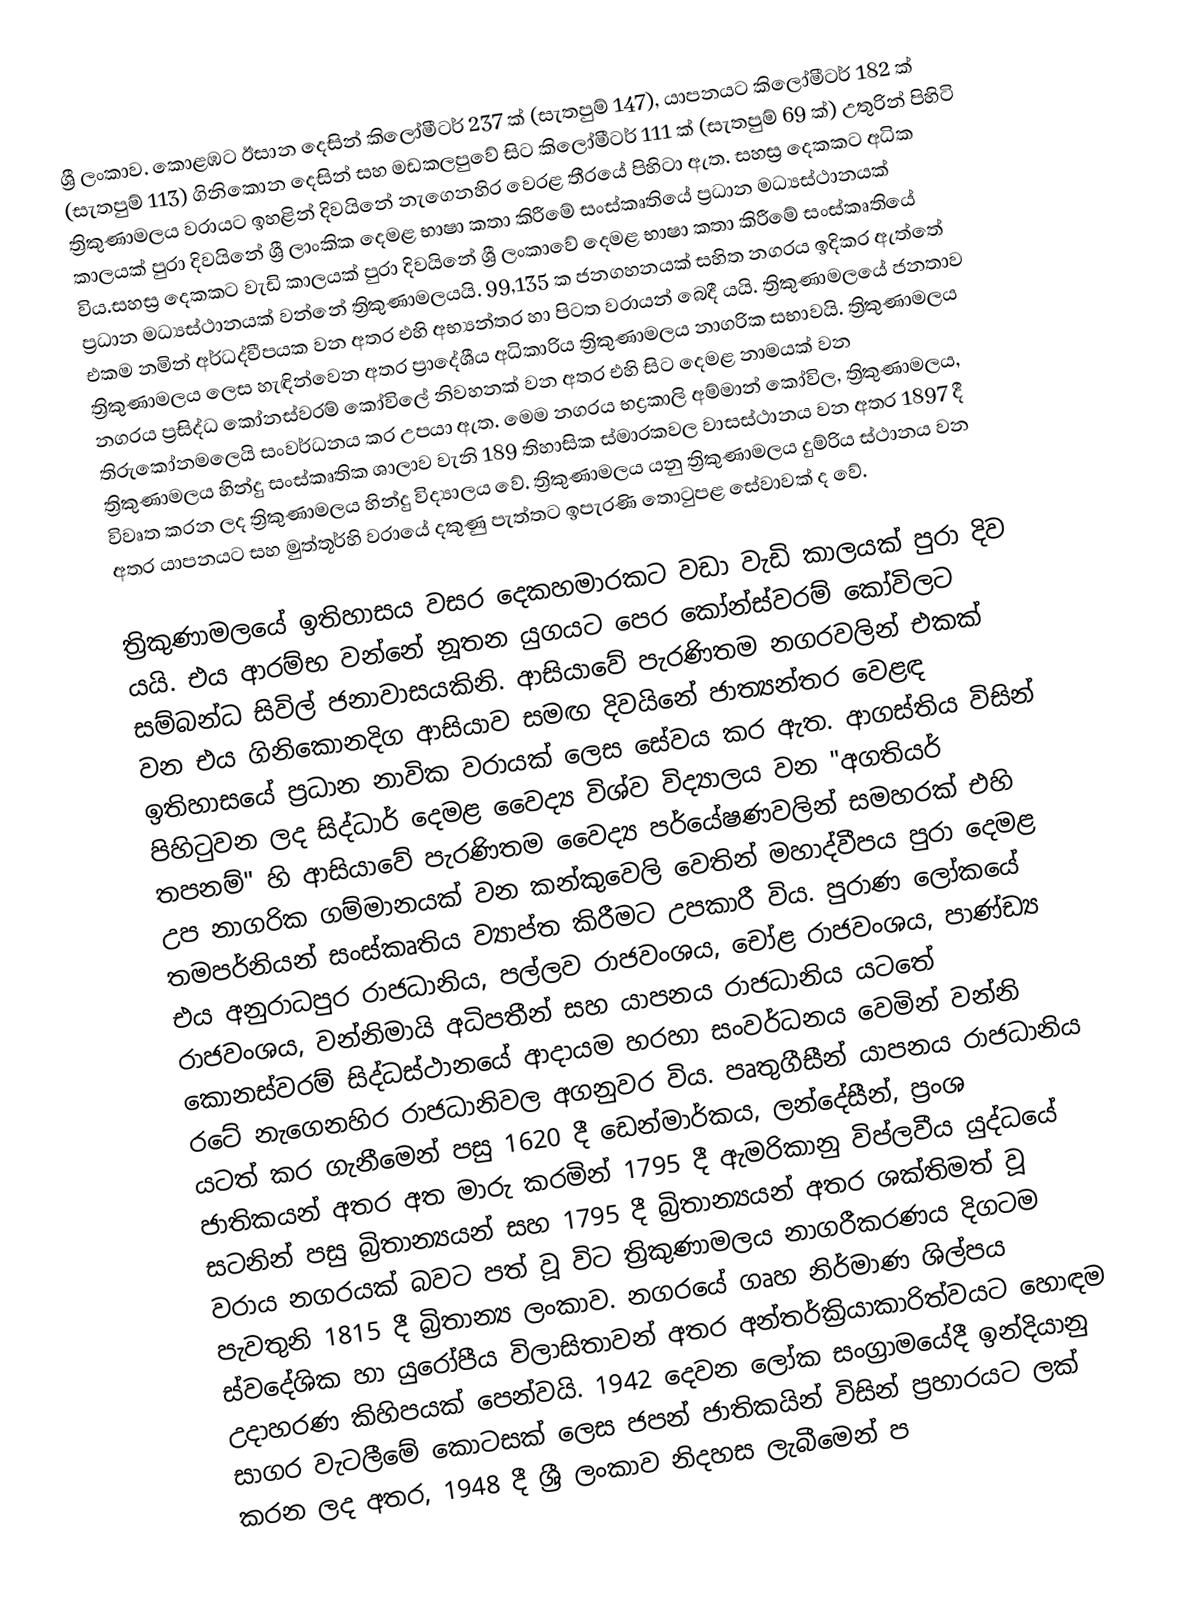
ශ්‍රී ලංකාව. කොළඹට ඊසාන දෙසින් කිලෝමීටර් 237 ක් (සැතපුම් 147), යාපනයට කිලෝමීටර් 182 ක් (සැතපුම් 113) ගිනිකොන දෙසින් සහ මඩකලපුවේ සිට කිලෝමීටර් 111 ක් (සැතපුම් 69 ක්) උතුරින් පිහිටි ත්‍රිකුණාමලය වරායට ඉහළින් දිවයිනේ නැගෙනහිර වෙරළ තීරයේ පිහිටා ඇත. සහස්‍ර දෙකකට අධික කාලයක් පුරා දිවයිනේ ශ්‍රී ලාංකික දෙමළ භාෂා කතා කිරීමේ සංස්කෘතියේ ප්‍රධාන මධ්‍යස්ථානයක් විය.සහස්‍ර දෙකකට වැඩි කාලයක් පුරා දිවයිනේ ශ්‍රී ලංකාවේ දෙමළ භාෂා කතා කිරීමේ සංස්කෘතියේ ප්‍රධාන මධ්‍යස්ථානයක් වන්නේ ත්‍රිකුණාමලයයි. 99,135 ක ජනගහනයක් සහිත  නගරය ඉදිකර ඇත්තේ එකම නමින් අර්ධද්වීපයක වන අතර එහි අභ්‍යන්තර හා පිටත වරායන් බෙදී යයි. ත්‍රිකුණාමලයේ ජනතාව ත්‍රිකුණාමලය ලෙස හැඳින්වෙන අතර ප්‍රාදේශීය අධිකාරිය ත්‍රිකුණාමලය නාගරික සභාවයි. ත්‍රිකුණාමලය නගරය ප්‍රසිද්ධ කෝනස්වරම් කෝවිලේ නිවහනක් වන අතර එහි සිට දෙමළ නාමයක් වන තිරුකෝනමලෙයි සංවර්ධනය කර උපයා ඇත. මෙම නගරය භද්‍රකාලි අම්මාන් කෝවිල, ත්‍රිකුණාමලය, ත්‍රිකුණාමලය හින්දු සංස්කෘතික ශාලාව වැනි 189 තිහාසික ස්මාරකවල වාසස්ථානය වන අතර 1897 දී විවෘත කරන ලද ත්‍රිකුණාමලය හින්දු විද්‍යාලය වේ. ත්‍රිකුණාමලය යනු ත්‍රිකුණාමලය දුම්රිය ස්ථානය වන අතර යාපනයට සහ මුත්තූර්හි වරායේ දකුණු පැත්තට ඉපැරණි තොටුපළ සේවාවක් ද වේ.

ත්‍රිකුණාමලයේ ඉතිහාසය වසර දෙකහමාරකට වඩා වැඩි කාලයක් පුරා දිව යයි. එය ආරම්භ වන්නේ නූතන යුගයට පෙර කෝන්ස්වරම් කෝවිලට සම්බන්ධ සිවිල් ජනාවාසයකිනි. ආසියාවේ පැරණිතම නගරවලින් එකක් වන එය ගිනිකොනදිග ආසියාව සමඟ දිවයිනේ ජාත්‍යන්තර වෙළඳ ඉතිහාසයේ ප්‍රධාන නාවික වරායක් ලෙස සේවය කර ඇත. ආගස්තිය විසින් පිහිටුවන ලද සිද්ධාර් දෙමළ වෛද්‍ය විශ්ව විද්‍යාලය වන "අගතියර් තපනම්" හි ආසියාවේ පැරණිතම වෛද්‍ය පර්යේෂණවලින් සමහරක් එහි උප නාගරික ගම්මානයක් වන කන්කුවෙලි වෙතින් මහාද්වීපය පුරා දෙමළ තමපර්නියන් සංස්කෘතිය ව්‍යාප්ත කිරීමට උපකාරී විය. පුරාණ ලෝකයේ එය අනුරාධපුර රාජධානිය, පල්ලව රාජවංශය, චෝළ රාජවංශය, පාණ්ඩ්‍ය රාජවංශය, වන්නිමායි අධිපතීන් සහ යාපනය රාජධානිය යටතේ කොනස්වරම් සිද්ධස්ථානයේ ආදායම හරහා සංවර්ධනය වෙමින් වන්නි රටේ නැගෙනහිර රාජධානිවල අගනුවර විය. පෘතුගීසීන් යාපනය රාජධානිය යටත් කර ගැනීමෙන් පසු 1620 දී ඩෙන්මාර්කය, ලන්දේසීන්, ප්‍රංශ ජාතිකයන් අතර අත මාරු කරමින් 1795 දී ඇමරිකානු විප්ලවීය යුද්ධයේ සටනින් පසු බ්‍රිතාන්‍යයන් සහ 1795 දී බ්‍රිතාන්‍යයන් අතර ශක්තිමත් වූ වරාය නගරයක් බවට පත් වූ විට ත්‍රිකුණාමලය නාගරීකරණය දිගටම පැවතුනි 1815 දී බ්‍රිතාන්‍ය ලංකාව. නගරයේ ගෘහ නිර්මාණ ශිල්පය ස්වදේශික හා යුරෝපීය විලාසිතාවන් අතර අන්තර්ක්‍රියාකාරිත්වයට හොඳම උදාහරණ කිහිපයක් පෙන්වයි. 1942 දෙවන ලෝක සංග්‍රාමයේදී ඉන්දියානු සාගර වැටලීමේ කොටසක් ලෙස ජපන් ජාතිකයින් විසින් ප්‍රහාරයට ලක් කරන ලද අතර, 1948 දී ශ්‍රී ලංකාව නිදහස ලැබීමෙන් ප